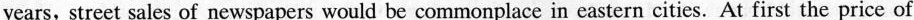
years, street sales of newspapers would be commonplace in eastern cities. At first the price of